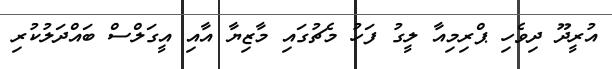
އުރީދޫ ދިވެހި ޕްރިމިއާ ލީގު ފަހު މެޗުގައި މާޒިޔާ އާއި އީގަލްސް ބައްދަލުކުރި